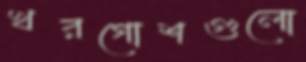
খরগোশগুলো